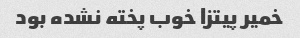
خمیر پیتزا خوب پخته نشده بود